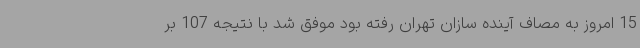
15 امروز به مصاف آینده سازان تهران رفته بود موفق شد با نتیجه 107 بر